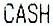
CASH